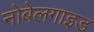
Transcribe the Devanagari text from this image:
नोबेलगाइड